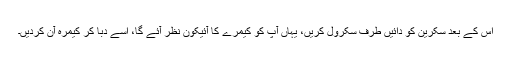
اس کے بعد سکرین کو دائیں طرف سکرول کریں، یہاں آپ کو کیمرے کا آئیکون نظر آئے گا، اسے دبا کر کیمرہ آن کردیں۔